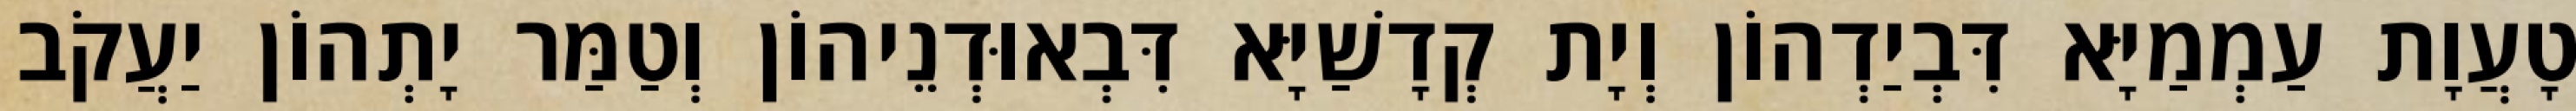
טָעֲוָת עַמְמַיָּא דִּבְיַדְהוֹן וְיָת קְדָשַׁיָּא דִּבְאוּדְנֵיהוֹן וְטַמַּר יָתְהוֹן יַעֲקֹב